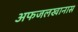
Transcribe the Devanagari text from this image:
अफजलखानास